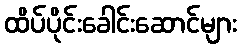
ထိပ်ပိုင်းခေါင်းဆောင်များ